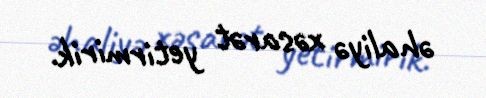
əhaliyə xəsarət yetirmirik.